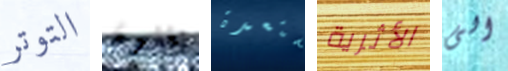
التوتر يغنون مستعدة الأثرية الى